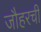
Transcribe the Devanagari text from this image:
जौहरची